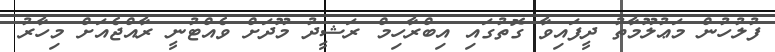
ފުލުހުން މަޢުލޫމާތު ދީފައިވާ ގޮތުގައި އިބްރާހިމް ރަޝީދު މޫދަށް ވެއްޓުނީ ރާއްޖެއަށް މިހާރު